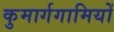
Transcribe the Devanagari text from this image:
कुमार्गगामियों